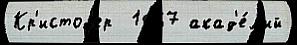
Кр'истоф'ер  1867 акад'е́м'ий